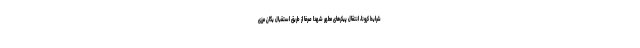
شرایط کرونا، انتقال پیکرهای مطهر شهدا صرفا از طریق استقبال یگان مرزی